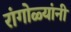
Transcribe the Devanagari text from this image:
रांगोळ्यांनी